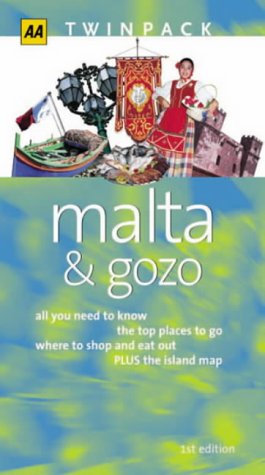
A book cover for Malta (AA TwinPacks); Pat Levy; Travel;